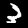
Label: 3